Report on vaccination in Madras 1895-1903 - 1895-1903
Year: 1895
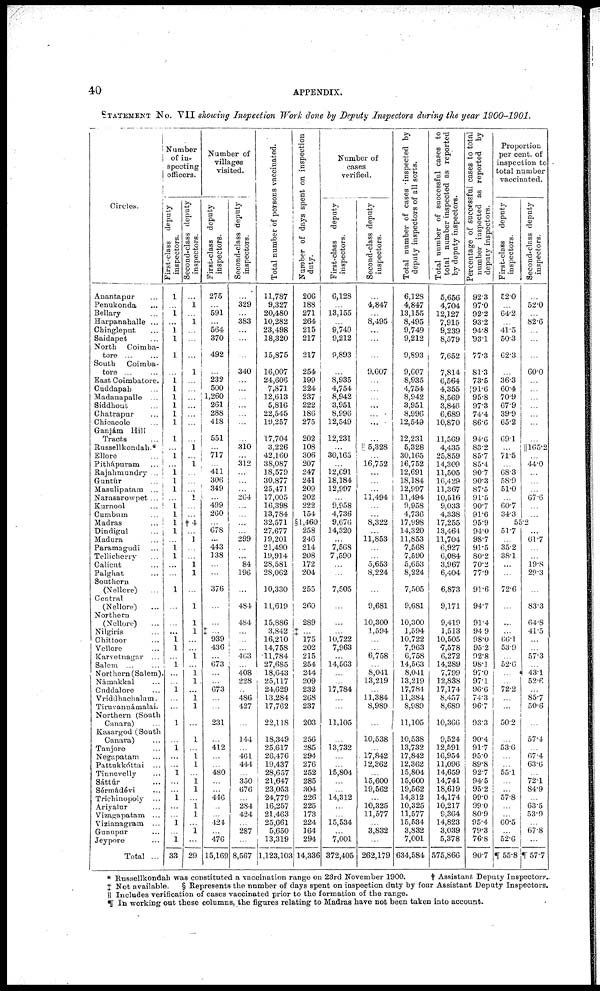
40
APPENDIX.
STATEMENT No. VII showing Inspection
Work done by Deputy Inspectors during the year
1900-1901.
Circles.
Anantapur ...
Penukonda ...
Bellary ...
Harpanahalle ...
Chingleput ...
Saidapet ...
North Coimba-
tore ... ...
South
Coimba-
tore ... ...
East Coimbatore.
Cuddapah ...
Madauapalle ...
Siddhout ...
Chatrapur ...
Chicacole ...
Ganjám Hill
Tracts ...
Russellkondah.*
Ellore ...
Pithápuram ...
Rajahmundry ...
Guntúr ...
Masulipatam ...
Narasarowpet ...
Kurnool ...
Cumbum ...
Madras ...
Dindigul ...
Madura ...
Paramagudi ...
Tellicherry ...
Calicut ...
Palghat ...
Southern
(Nellore)
...
Central
(Nellore) ...
Northern
(Nellore) ...
Nilgiris ...
Chittoor ...
Vellore ...
Karvetnagar ...
Salem ... ...
Northern (Salem).
Námakkal ...
Cuddalore ...
Vriddhachalam.
Tiruvannámalai.
Northern (South
Canara) ...
Kasargod (South
Canara) ...
Tanjore ...
Negapatam ...
Pattukkóttai ...
Tinnevelly ...
Sáttúr ...
Sérmádévi ...
Trichinopoly ...
Ariyalur ...
Vizagapatam ...
Vizianagram ...
Gunupur ...
Jeypore ...
Total ...
Number
of in-
specting
officers.
First-class deputy
inspectors.
1
...
1
...
1
1
1
...
1
1
1
1
1
1
1
...
1
...
1 1
1
...
1
1
1
1
...
1
1
...
...
1
...
...
...
1
1
...
1
...
...
1
...
...
1
...
1
...
...
1
...
...
1
...
...
1
...
1
33
Second-class deputy
inspectors.
...
1
...
1
...
...
...
1
...
...
...
...
...
...
...
1
...
1
...
...
...
1
...
...
†4
...
1
...
...
1
1
...
1
1
1
...
...
1
...
1
1
...
1 1
...
1
...
1 1
...
1
1
...
1 1
...
1
...
29
Number of
villages
visited.
First-class deputy
inspectors.
275
...
591
...
564
370
492
...
232
500
1,260
261
288
418
551
...
717
...
411
306
349
...
499
260
...
678
...
443
138
...
...
376
...
...
‡ ...
939
436
...
673
...
...
673
...
...
231
...
412
...
...
480
...
...
446
...
...
424
...
476
15,169
Second-class deputy
inspectors.
...
329
...
383
...
...
...
340
...
..
...
...
...
...
...
310
...
312
...
...
...
264
...
...
...
...
299
...
...
84
196
...
484
484
...
...
...
463
...
408
228
...
486
427
...
144
...
461
444
...
350
676
...
284
424
...
287
...
8,567
Total number of persons vaccinated.
11,787
9,327
20,480
10,282
23,498
18,320
15,875
16,007
24,606
7,871
12,613
5,816
22,545
19,257
17,704
3,226
42,160
38,087
18,579
30,877
25,471
17,005
16,398
13,784
32,571
27,677
19,201
21,490
19,914
28,581
28,062
10,330
11,619
15,886
3,842
16,210
14,758
11,784
27,685
18,643
25,117
24,629
13,284
17,762
22,118
18,349
25,617
26,476
19,437
28,657
21,647
23,053
24,779
16,257
21,463
25,661
5,650
13,319
1,123,103
Number of days spent on inspection
duty.
206
188
271
264
215
217
217
254
199
224
237
222
186
275
202
108
306
207
247
241
209
202
222
154
§1,460
258
246
214
208
172
204
255
260
289
‡ ...
175
202
215
254
244
209
232
268
237
203
256
285
294
276
252
285
304
226
225
173
224
164
294
14,336
Number of
cases
verified.
First-class deputy
inspectors.
6,128
...
13,155
...
9,749
9,212
9,893
...
8,935
4,754
8,942
3,951
8,996
12,549
12,231
...
30,165
...
12,691
18,184
12,997
...
9,958
4,736
9,676
14,320
...
7,568
7,590
...
...
7,505
...
...
...
10,722
7,963
...
14,563
...
...
17,784
...
...
11,105
...
13,732
...
...
15,804
...
...
14,312
...
...
15,534
...
7,001
372,405
Second-class deputy
inspectors.
...
4,847
...
8,495
...
...
...
9,607
...
...
...
...
...
...
...
|| 5,328
...
16,752
...
...
...
11,494
...
...
8,322
...
11,853
...
...
5,653
8,224
...
9,681
10,300
1,594
...
...
6,758
...
8,041
13,219
...
11,384
8,989
...
10,538
...
17,842
12,362
...
15,600
19,562
...
10,325
11,577
...
3,832
...
262,179
Total number of cases inspected by
deputy inspectors of all sorts.
6,128
4,847
13,155
8,495
9,749
9,212
9,893
9,607
8,935
4,754
8,942
3,951
8,996
12,549
12,231
5,328
30,165
16,752
12,691
18,184
12,997
11,494
9,958
4,736
17,998
14,320
11,853
7,568
7,590
5,653
8,224
7,505
9,681
10,300
1,594
10,722
7,963
6,758
14,503
8,041
13,219
17,784
11,384
8,989
11,105
10,538
13,732
17,842
12,362
15,804
15,600
19,562
14,312
10,325
11,577
15,534
3,832
7,001
634,584
Total number of successful cases to
total number inspected as reported
by deputy inspectors.
5,656
4,704
12,127
7,915
9,239
8,579
7,652
7,814
6,564
4,355
8,569
3,846
6,689
10,870
11,569
4,435
25,859
14,309
11,505
16,429
11,367
10,516
9,033
4,338
17,255
13,464
11,704
6,927
6,084
3,967
6,404
6,873
9,171
9,419
1,513
10,505
7,578
6,272
14,289
7,799
12,838
17,174
8,457
8,689
10,366
9,524
12,591
16,954
11,096
14,659
14,741
18,619
14,174
10,217
9,364
14,823
3,039
5,378
575,866
Percentage of successful cases to total
number inspected as reported by
deputy inspectors.
92.3
97.0
92.2
93.2
94.8
93.1
77.3
81.3
73.5
91.6
95.8
97.3
74.4
86.6
94.6
83.2
85.7
85.4
90.7
90.3
87.5
91.5
90.7
91.6
95.9
94.0
98.7
91.5
80.2
70.2
77.9
91.6
94.7
91.4
94.9
98.0
95.2
92.8
98.1
97.0
97.1
96.0
74.3
96.7
93.3
90.4
91.7
95.0
89.8
92.7
94.5
95.2
99.0
99.0
80.9
95.4
79.3
76.8
907
Proportion
per cent. of
inspection to
total number
vaccinated.
First-class deputy
inspectors.
52.0
...
64.2
...
41.5
50.3
62.3
...
36.3
60.4
70.9
67.9
39.9
65.2
69.1
...
71.5
...
68.3
58.9
51.0
...
60.7
34.3
Second-class deputy
inspectors.
...
52.0
...
82.6
...
...
...
60.0
...
...
...
...
...
...
...
||165.2
...
44.0
...
...
...
67.6
...
...
55.2
51.7
...
35.2
38.1
...
...
72.6
...
...
...
66.1
53.9
...
52.6
...
...
72.2
...
...
50.2
...
53.6
...
...
55.1
...
...
57.8
...
...
60.5
...
52.6
¶ 55.8
...
61.7
...
...
19.8
29.3
...
83.3
64.8
41.5
...
...
57.3
...
43.1
52.6
...
85.7
50.6
...
57.4
...
67.4
63.6
...
72.1
84.9
...
63.5
53.9
...
67.8
...
¶ 57.7
* Russellkondah was constituted a vaccination range on 23rd November 1900.
† Assistant Deputy Inspectors.
‡ Not available.
§ Represents the number of days spent on inspection duty by four Assistant Deputy Inspectors.
|| Includes verification of cases vaccinated prior to the formation of the range.
¶ In. working out these columns, the figures relating to Madras have not been taken into account.